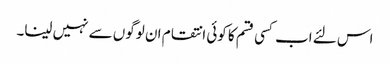
اس لئے اب کسی قسم کا کوئی انتقام ان لوگوں سے نہیں لینا۔